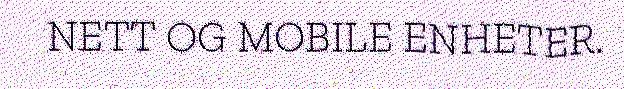
NETT OG MOBILE ENHETER.